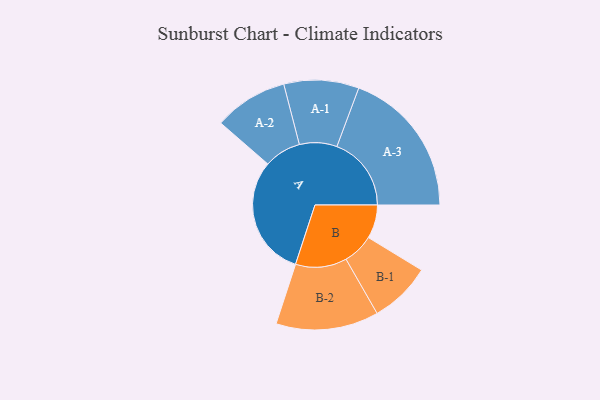
{"axis": {"x": "Segment", "y": "Value"}, "legend": ["", "A", "B"], "data": [{"x": "A", "y": 435, "type": ""}, {"x": "B", "y": 121, "type": ""}, {"x": "A-1", "y": 135, "type": "A"}, {"x": "A-2", "y": 133, "type": "A"}, {"x": "A-3", "y": 268, "type": "A"}, {"x": "B-1", "y": 111, "type": "B"}, {"x": "B-2", "y": 185, "type": "B"}]}